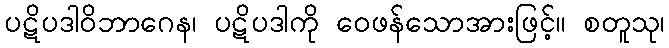
ပဋိပဒါဝိဘာဂေန၊ ပဋိပဒါကို ဝေဖန်သောအားဖြင့်။ စတူသု၊